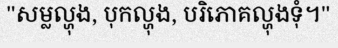
"សម្លល្ហុង, បុកល្ហុង, បរិភោគល្ហុងទុំ។"